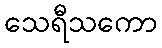
သေရီသကော